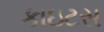
કાઇટસ